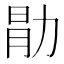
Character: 𫦱